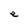
Character: e